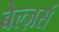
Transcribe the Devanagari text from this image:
बेल्ज़र्स